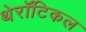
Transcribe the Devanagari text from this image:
थेरॉटिकल